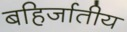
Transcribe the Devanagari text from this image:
बहिर्जातीय